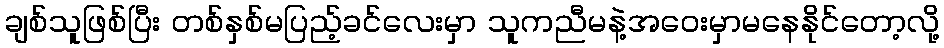
ချစ်သူဖြစ်ပြီး တစ်နှစ်မပြည့်ခင်လေးမှာ သူကညီမနဲ့အဝေးမှာမနေနိုင်တော့လို့